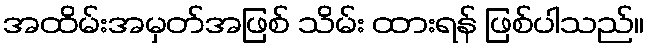
အထိမ်းအမှတ်အဖြစ် သိမ်း ထားရန် ဖြစ်ပါသည်။